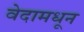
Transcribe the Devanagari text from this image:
वेदामधून